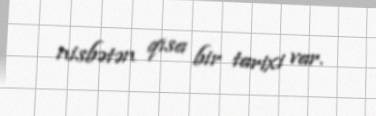
nisbətən qısa bir tarixi var.